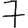
Digit: 7